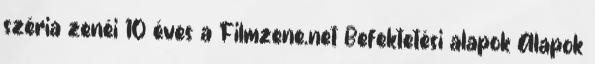
széria zenéi 10 éves a Filmzene.net Befektetési alapok Alapok